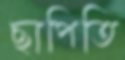
ছাপিতি